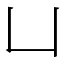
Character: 凵